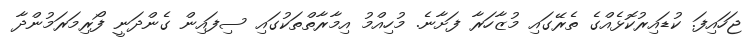
ޖަހައިފަ. ކުޑައިރުކޮޅެއްގެ ތެރޭގައި މުޒާހަރާ ފަށާނެ. މުހިއްމު އިމާރާތްތަކުގައި ސިފައިން ގެންދަނީ ފޯރިމަރަމުންދާ